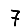
Digit: 7